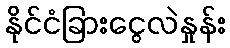
နိုင်ငံခြားငွေလဲနှုန်း